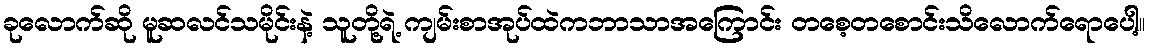
ခုလောက်ဆို မူဆလင်သမိုင်းနဲ့ သူတို့ရဲ့ ကျမ်းစာအုပ်ထဲကဘာသာအကြောင်း တစေ့တစောင်းသိလောက်ရောပေါ့။